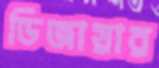
ডিজায়ার